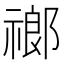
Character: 𬓌